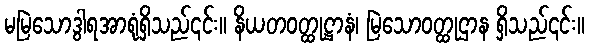
မမြဲသောဒွါရအာရုံရှိသည်၎င်း။ နိယတဝတ္ထုဋ္ဌာနံ၊ မြဲသောဝတ္ထုဌာန ရှိသည်၎င်း။